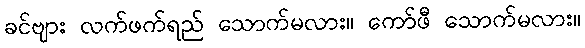
ခင်ဗျား လက်ဖက်ရည် သောက်မလား။ ကော်ဖီ သောက်မလား။